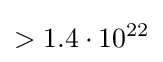
>1.4\cdot 10^{22}